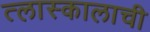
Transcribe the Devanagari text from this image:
त्लास्कालाची